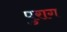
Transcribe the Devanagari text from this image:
पुराग